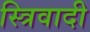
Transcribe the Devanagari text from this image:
स्त्रिवादी